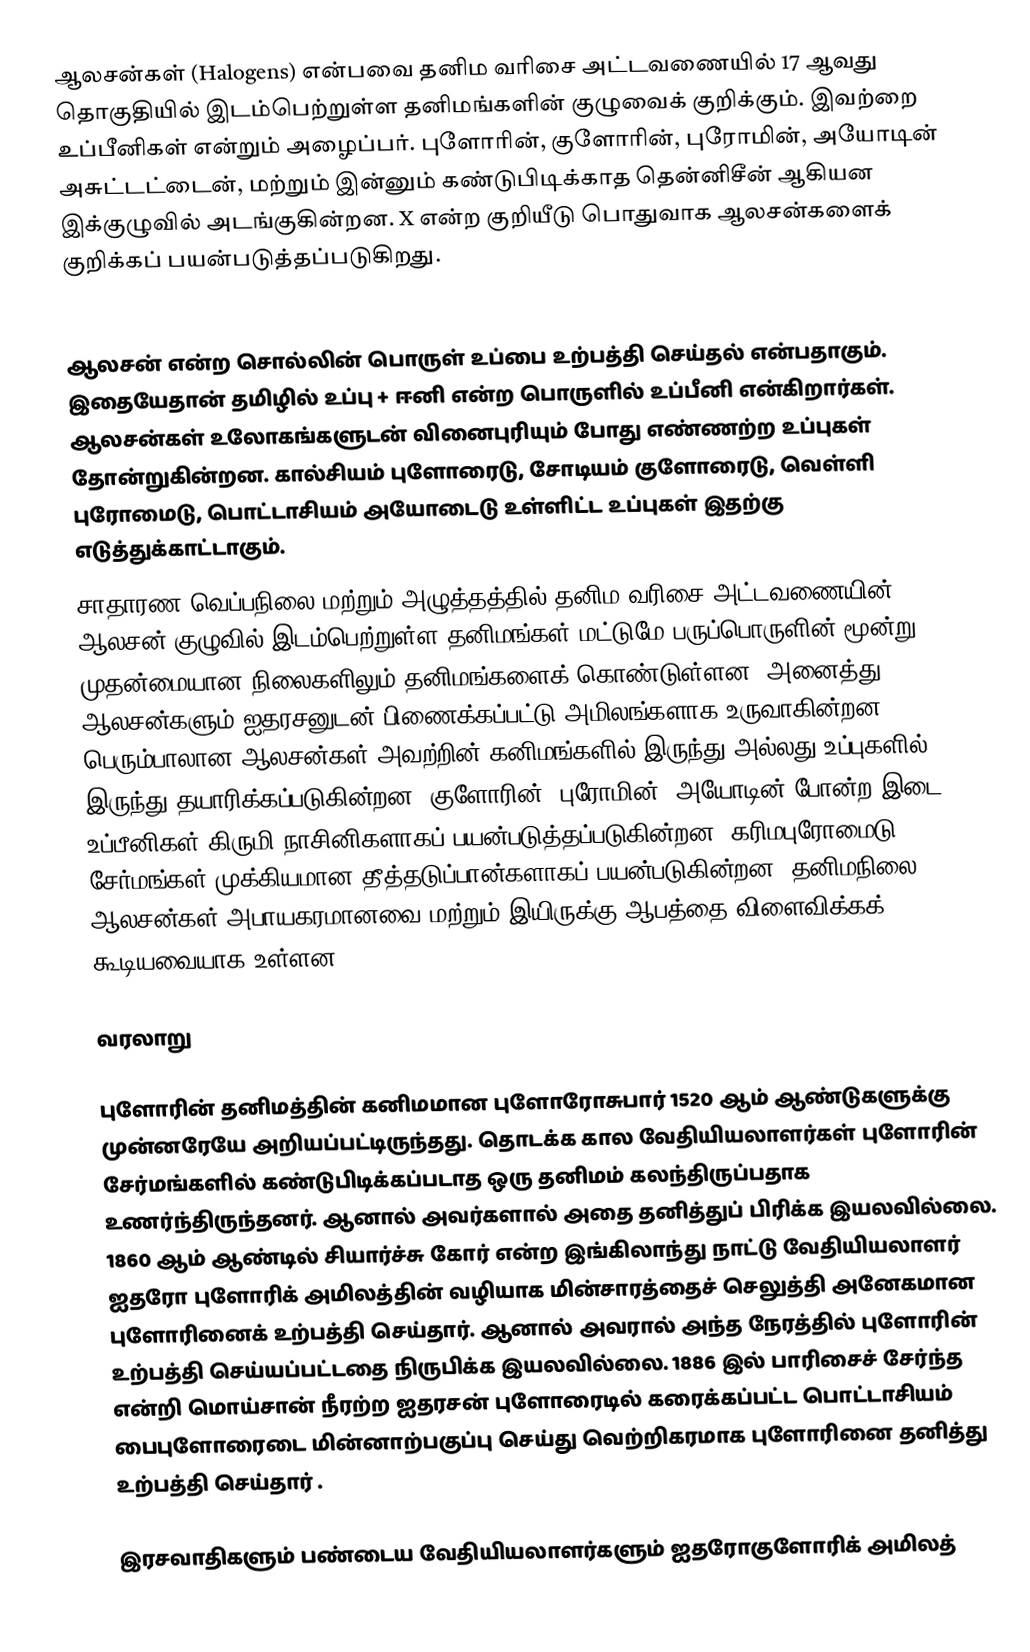
ஆலசன்கள் (Halogens) என்பவை தனிம வரிசை அட்டவணையில் 17 ஆவது தொகுதியில் இடம்பெற்றுள்ள தனிமங்களின் குழுவைக் குறிக்கும். இவற்றை உப்பீனிகள் என்றும் அழைப்பர். புளோரின், குளோரின், புரோமின், அயோடின் அசுட்டட்டைன், மற்றும் இன்னும் கண்டுபிடிக்காத தென்னிசீன் ஆகியன இக்குழுவில் அடங்குகின்றன. X  என்ற குறியீடு பொதுவாக ஆலசன்களைக் குறிக்கப் பயன்படுத்தப்படுகிறது.

ஆலசன் என்ற சொல்லின் பொருள் உப்பை உற்பத்தி செய்தல் என்பதாகும். இதையேதான் தமிழில் உப்பு + ஈனி என்ற பொருளில் உப்பீனி என்கிறார்கள். ஆலசன்கள் உலோகங்களுடன் வினைபுரியும் போது எண்ணற்ற உப்புகள் தோன்றுகின்றன. கால்சியம் புளோரைடு, சோடியம் குளோரைடு, வெள்ளி புரோமைடு, பொட்டாசியம் அயோடைடு உள்ளிட்ட உப்புகள் இதற்கு எடுத்துக்காட்டாகும்.
சாதாரண வெப்பநிலை மற்றும் அழுத்தத்தில் தனிம வரிசை அட்டவணையின் ஆலசன் குழுவில் இடம்பெற்றுள்ள தனிமங்கள் மட்டுமே பருப்பொருளின் மூன்று முதன்மையான நிலைகளிலும் தனிமங்களைக் கொண்டுள்ளன. அனைத்து ஆலசன்களும் ஐதரசனுடன் பிணைக்கப்பட்டு அமிலங்களாக உருவாகின்றன. பெரும்பாலான ஆலசன்கள் அவற்றின் கனிமங்களில் இருந்து அல்லது உப்புகளில் இருந்து தயாரிக்கப்படுகின்றன. குளோரின், புரோமின், அயோடின் போன்ற இடை உப்பீனிகள் கிருமி நாசினிகளாகப் பயன்படுத்தப்படுகின்றன. கரிமபுரோமைடு சேர்மங்கள் முக்கியமான தீத்தடுப்பான்களாகப் பயன்படுகின்றன. தனிமநிலை ஆலசன்கள் அபாயகரமானவை மற்றும் இயிருக்கு ஆபத்தை விளைவிக்கக் கூடியவையாக உள்ளன.

வரலாறு

புளோரின் தனிமத்தின் கனிமமான புளோரோசுபார் 1520 ஆம் ஆண்டுகளுக்கு முன்னரேயே அறியப்பட்டிருந்தது. தொடக்க கால வேதியியலாளர்கள் புளோரின் சேர்மங்களில் கண்டுபிடிக்கப்படாத ஒரு தனிமம் கலந்திருப்பதாக உணர்ந்திருந்தனர். ஆனால் அவர்களால் அதை தனித்துப் பிரிக்க இயலவில்லை. 1860 ஆம் ஆண்டில் சியார்ச்சு கோர் என்ற இங்கிலாந்து நாட்டு வேதியியலாளர் ஐதரோ புளோரிக் அமிலத்தின் வழியாக மின்சாரத்தைச் செலுத்தி அனேகமான புளோரினைக் உற்பத்தி செய்தார். ஆனால் அவரால் அந்த நேரத்தில் புளோரின் உற்பத்தி செய்யப்பட்டதை நிருபிக்க இயலவில்லை. 1886 இல் பாரிசைச் சேர்ந்த என்றி மொய்சான் நீரற்ற ஐதரசன் புளோரைடில் கரைக்கப்பட்ட பொட்டாசியம் பைபுளோரைடை மின்னாற்பகுப்பு செய்து வெற்றிகரமாக புளோரினை தனித்து உற்பத்தி செய்தார் .

இரசவாதிகளும் பண்டைய வேதியியலாளர்களும் ஐதரோகுளோரிக் அமிலத்